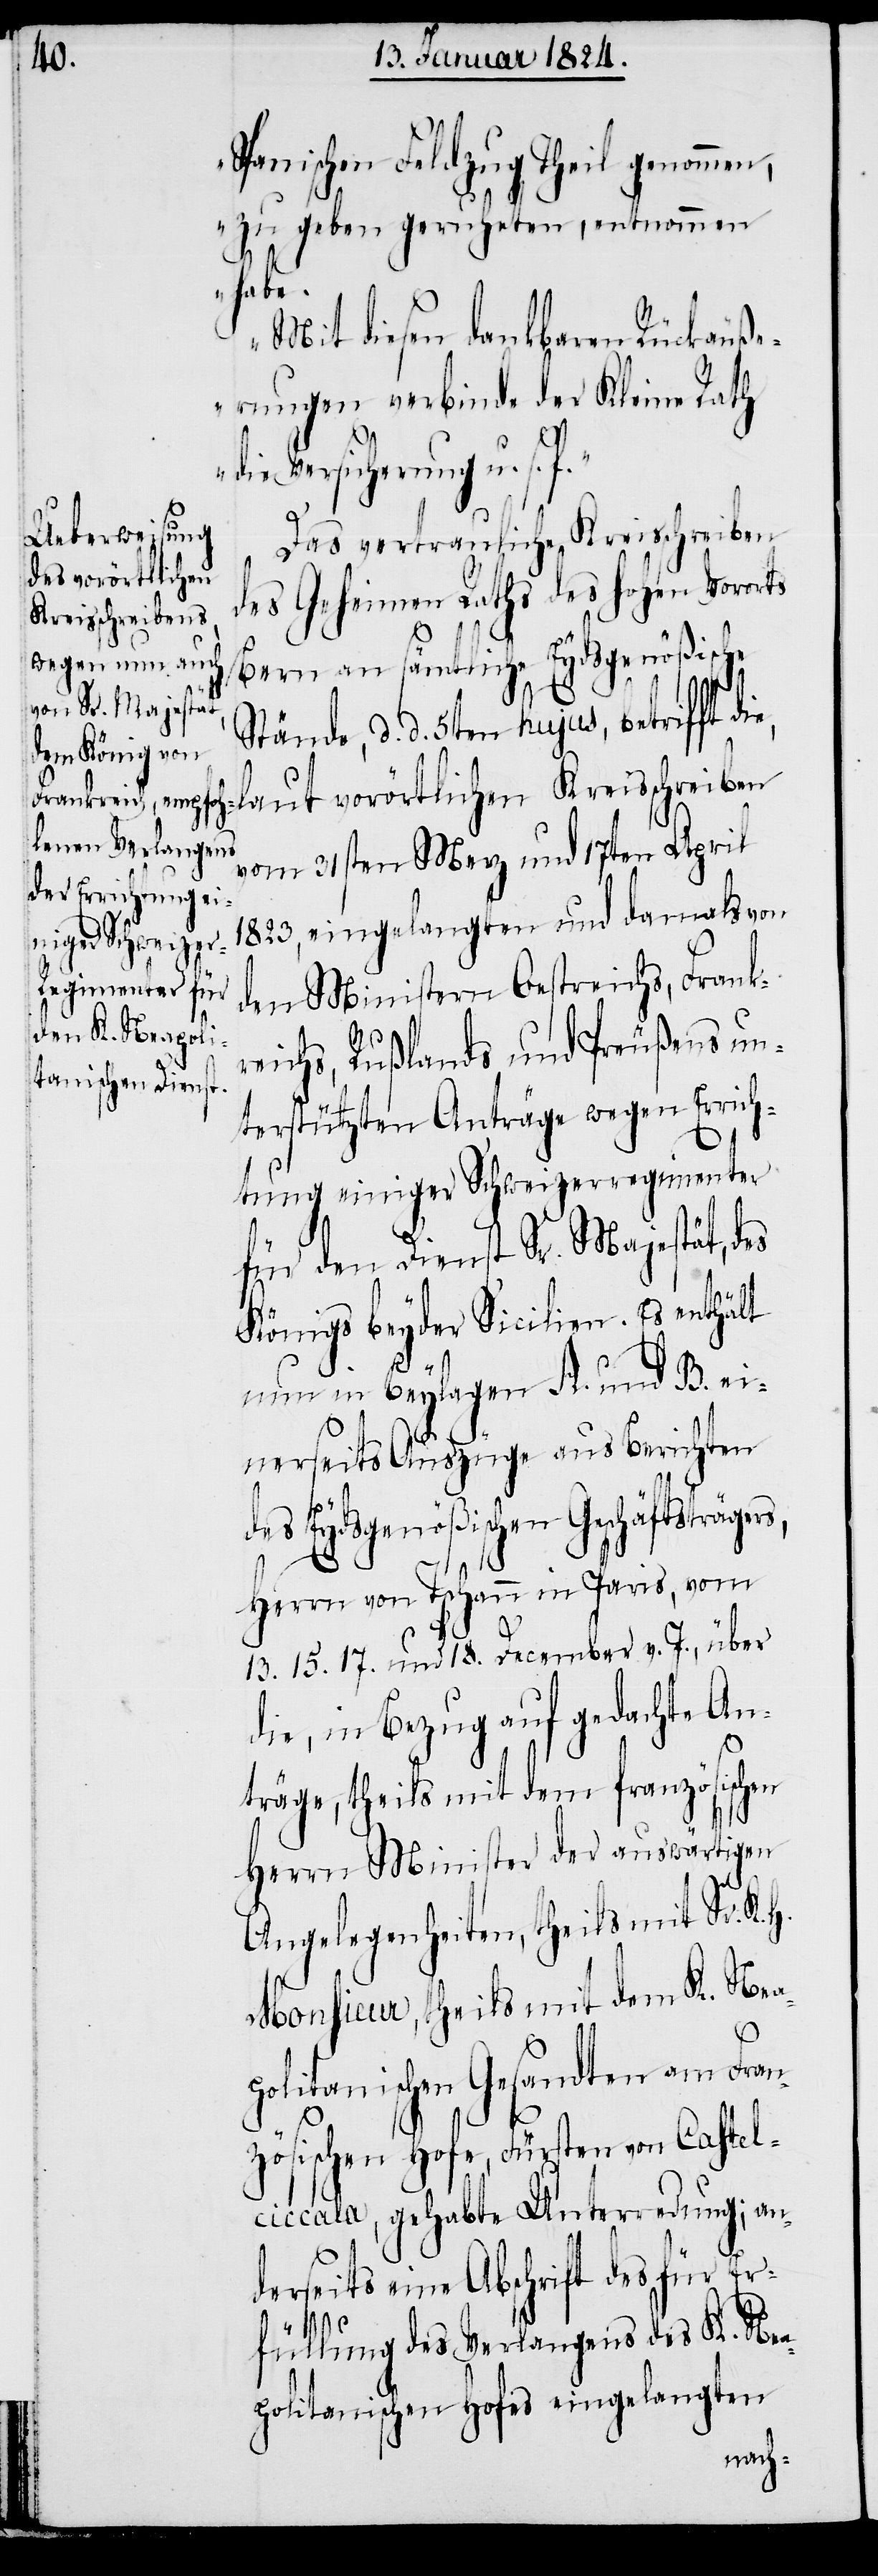
Spanischen Feldzug Theil genommen,
zu haben geruheten, entnommen
habe.
Mit diesen dankbaren Rückäuße¬
rungen verbinde der Kleine Rath
die Versicherung u. s. f.“
Das vertrauliche Kreisschreiben
des Geheimen Raths des hohen Vororts
Bern an sämtliche Eydsgenößische
Stände, d. d. 5ten hujus, betrifft d¬
laut vorörtlichen Kreisschreiben
vom 31sten Merz und 17ten April
1823, eingelangten und damals von
den Ministern Oestreichs, Frank¬
reichs, Rußlands und Preußens un¬
terstützten Anträge wegen Errich¬
tung einiger Schweizerregimenter
für den Dienst Sr. Majestät, des
Königs beyder Sicilien. Es enthält
nun in Beylagen A. und B. ei¬
13.
nerseits Auszüge aus Berichten
des Eydsgenößischen Geschäftsträger¬
Herrn von Tschann in Paris, vom
15. [,] 17. und 18. December v. J., über
die, in Bezug auf gedachte An¬
träge, theils mit dem französischen
Herrn Minister der auswärtigen
Angelegenheiten, theils mit Sr. K.
Monsieur, theils mit dem K. Nea¬
politanischen Gesandten am Fran¬
zösischen Hofe, Fürsten von Castel¬
ciccala, gehabte Unterredung; an¬
derseits eine Abschrift des für Er¬
s,
füllung des Verlangens des K. Nea¬
politanischen Hofes eingelangten